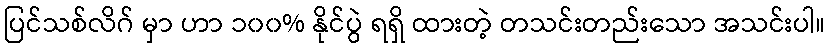
ပြင်သစ်လိဂ် မှာ ဟာ ၁၀၀% နိုင်ပွဲ ရရှိ ထားတဲ့ တသင်းတည်းသော အသင်းပါ။